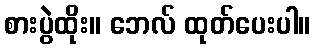
စားပွဲထိုး။ ဘေလ် ထုတ်ပေးပါ။